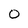
Character: 0